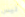
ليس